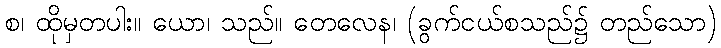
စ၊ ထိုမှတပါး။ ယော၊ သည်။ တေလေန၊ (ခွက်ငယ်စသည်၌ တည်သော)